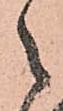
之